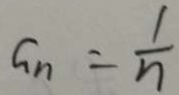
G _ { n } = \frac { 1 } { n }